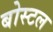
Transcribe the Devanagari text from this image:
बोस्टल